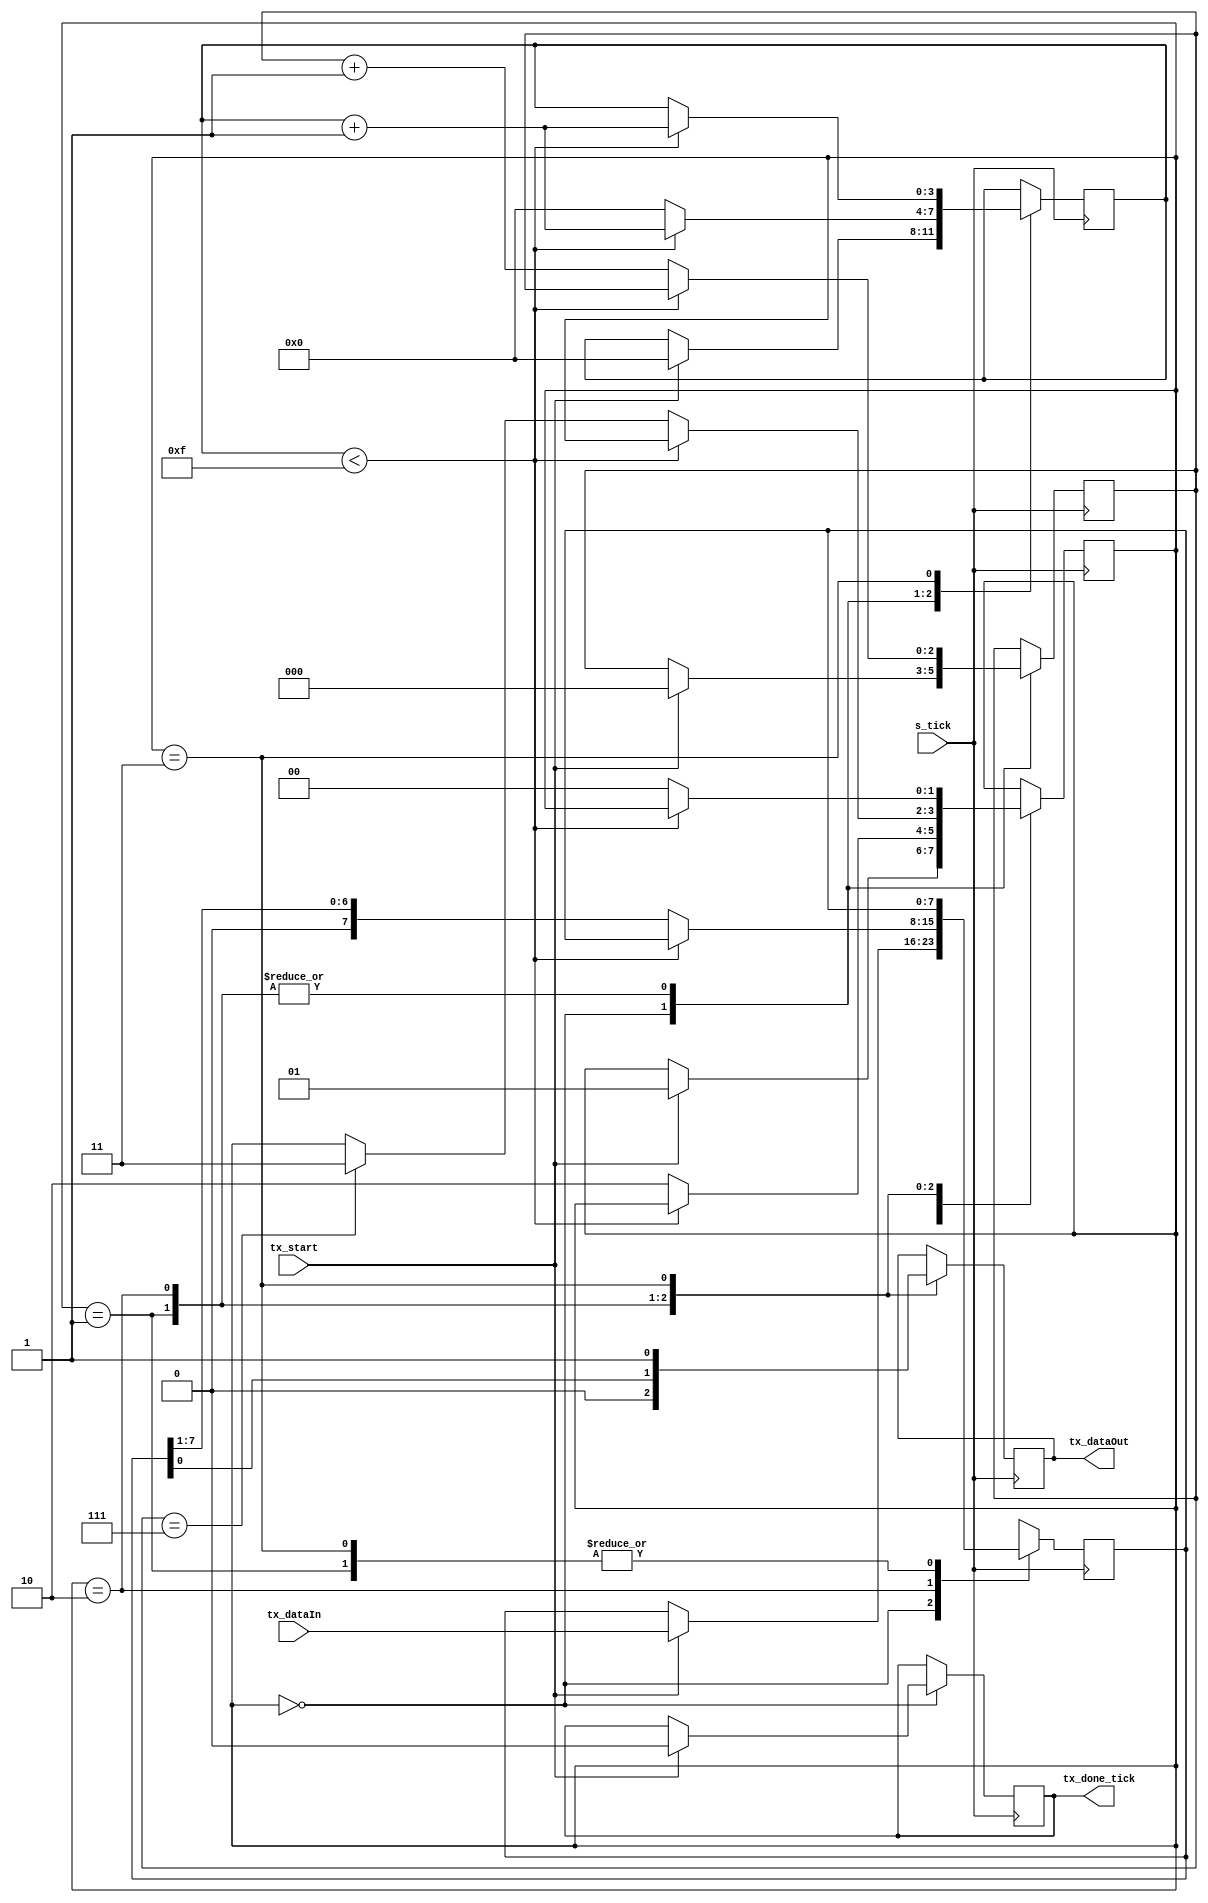
`timescale 1ns/1ns
module Transmitter
#( parameter DBit=8,SBit=16 
)
(
input tx_start,s_tick,
input [7:0]tx_dataIn,
output reg tx_done_tick,tx_dataOut
);
reg [1:0]state;
reg[3:0]tickCounter;
reg[2:0]n;
localparam IDLE=0,Start=1,Data=2,Stop=3;
reg[7:0] data;
initial
begin
    state<=IDLE;
    n<=0;
    tickCounter<=0;
    tx_dataOut<=1;
    data<=0;
    tx_done_tick<=0;
  end
  
always @(posedge s_tick)
    case(state)
        IDLE:
         begin
            if(tx_start==1) 
              begin
                tx_done_tick <= 1;
                #15
                tx_done_tick <= 0;
                state<=Start;
                tickCounter<=0;
                n<=0;
                #5
                data=tx_dataIn;  
              end
          end
        Start:
          begin
            tx_dataOut<=0;
            if(tickCounter<15)
              begin
                tickCounter<=tickCounter+1;
              end
            else
              begin
                tickCounter<=0;
                state<=Data;
                n<=n+1;
              end
           end
        Data:
           begin
             tx_dataOut<=data[0];   
             if(tickCounter<15)
                 begin
                     tickCounter<=tickCounter+1;
                  end
             else
                 begin
                      tickCounter<=0;
                      data<=data>>1;
                      n<=n+1;
                      if(n==DBit-1)
                        begin
                          state<=Stop;
                        end
                  end
            end
        Stop:
          begin
            tx_dataOut<=1;
            if(tickCounter<SBit-1)
                begin
                    tickCounter<=tickCounter+1;
                end
            else
                begin
                    state<=IDLE;
                    tx_dataOut <= 1;
                end
          end
    endcase
    
endmodule